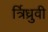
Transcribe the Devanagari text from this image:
र्त्रिध्रुवी